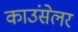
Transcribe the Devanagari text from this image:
काउंसेलर